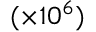
( \times 1 0 ^ { 6 } )